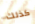
كذلك